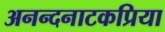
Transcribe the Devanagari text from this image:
अनन्दनाटकप्रिया